Lunatic asylums Punjab 1868-1880 - 1868-1880
Year: 1868
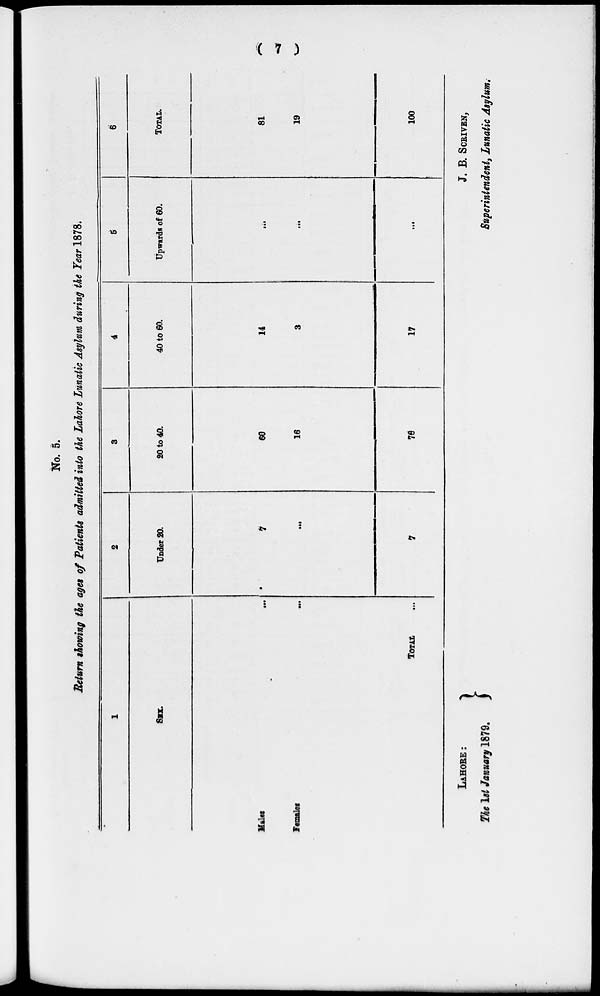
( 7 )
No. 5.
Return showing the ages of Patients admitted into the Lahore Lunatic Asylum during the Year 1878.
1
SEX.
Males ...
Females
...
TOTAL ...
2
Under 20.
7
...
7
3
20 to 40.
60
16
76
4
40 to 60.
14
3
17
5
Upwards of 60.
...
...
...
6
TOTAL.
81
19
100
LAHORE :
J. B. SCRIVEN,
The 1st January 1879.
Superintendent, Lunatic Asylum.